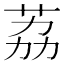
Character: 荔